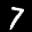
Label: 7